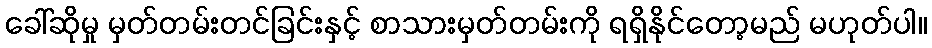
ခေါ်ဆိုမှု မှတ်တမ်းတင်ခြင်းနှင့် စာသားမှတ်တမ်းကို ရရှိနိုင်တော့မည် မဟုတ်ပါ။